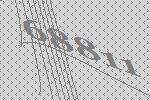
68811